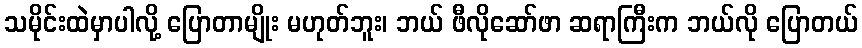
သမိုင်းထဲမှာပါလို့ ပြောတာမျိုး မဟုတ်ဘူး၊ ဘယ် ဖီလိုဆော်ဖာ ဆရာကြီးက ဘယ်လို ပြောတယ်